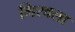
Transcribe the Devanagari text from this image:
गिरवला